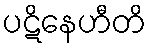
ပဋိနေဟီတိ